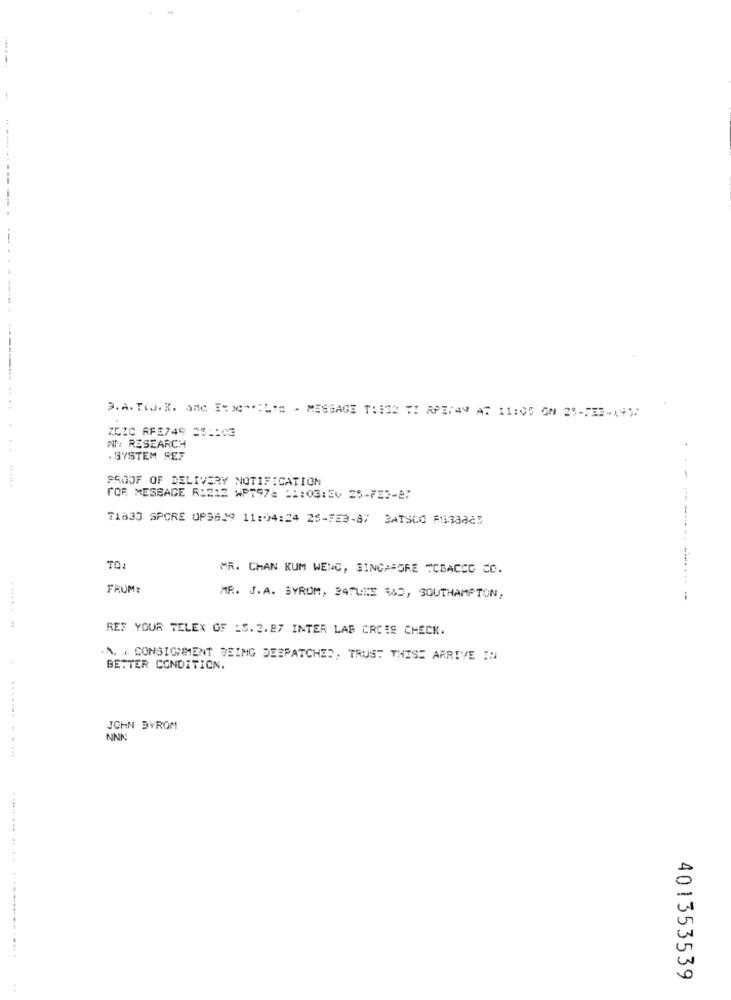
------------- ------
D.A. T.J.K. and I:) ***: L'E - MESSAGE T:#32 TI APE:49 AT 11:05 ON 25-732-19)
ZCZC RFE749 251:03
NN: RESEARCH
. SYSTEM RET
PROOF OF DELIVERY NOTIFICATION
FOR MESSAGE RI212 WPT97= 11:03:36 25-FZ3-87
71833 SPORE 0P3629 11:04:24 25-FEB-87 BATSCO AUBa825
TO:
MR. CHAN KUM WENG, SINGAPORE TOBACCO CO.
FRUM?
MR. J.A. BYRUM, BATULE RAD, SOUTHAMPTON,
REF YOUR TELEX OF :S. 2.87 INTER LAS CREES CHECK.
. A. + CONSIGNMENT BEING DESPATCHED, TRUST THISE ARRIVE IN
BETTER CONDITION.
JOHN BYROM
NNN
. ....... . ....
........ .. . . . .............. .....
401353539
..